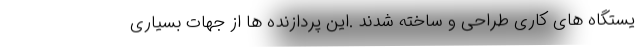
یستگاه های کاری طراحی و ساخته شدند .این پردازنده ها از جهات بسیاری